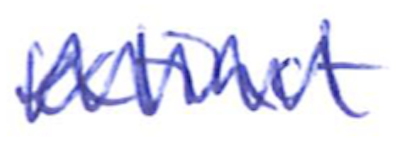
Text: extinct
Cross-out: zig-zag
Writing tool: ballpoint